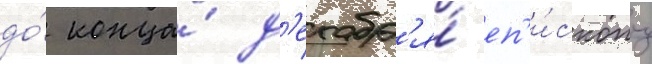
до́ конца́ д'екабр'я́ еп'и́скопу